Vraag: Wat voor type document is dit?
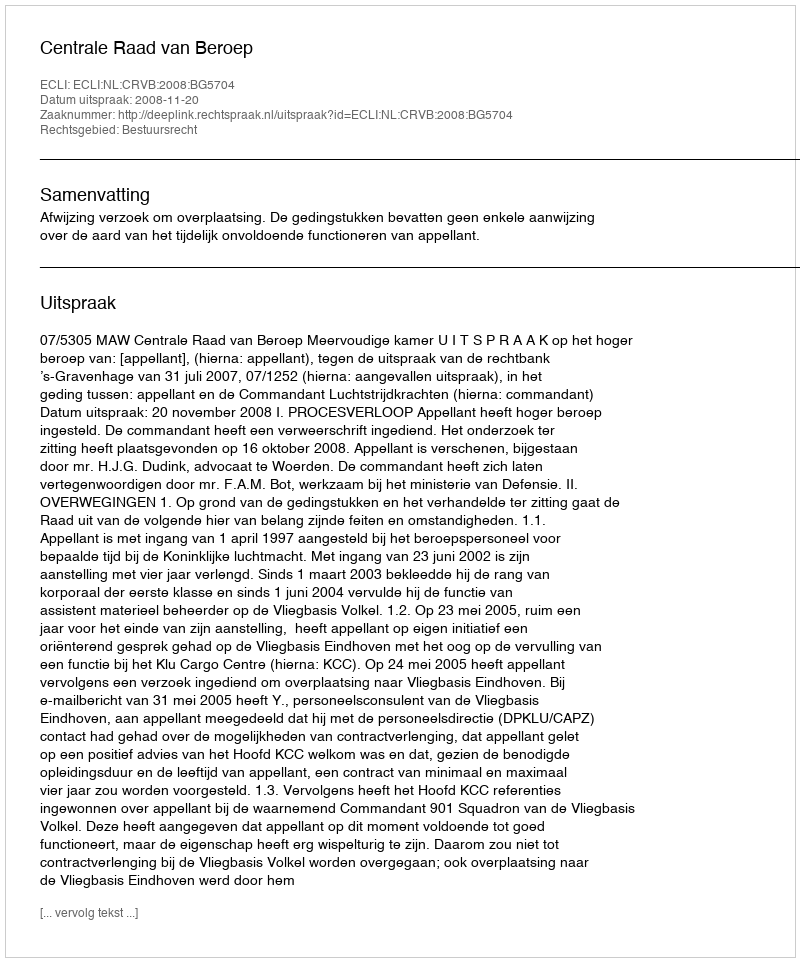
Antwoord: Uitspraak